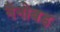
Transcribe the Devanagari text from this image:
नैनोबड